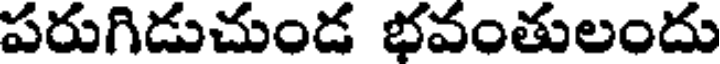
పరుగిడుచుండ భవంతులందు